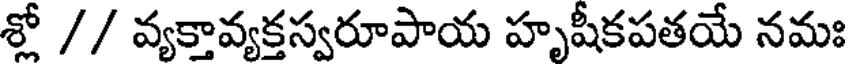
శ్లో // వ్యక్తావ్యక్తస్వరూపాయ హృషీకపతయే నమః